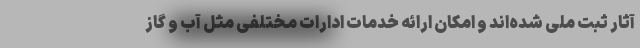
آثار ثبت ملی شده‌اند و امکان ارائه خدمات ادارات مختلفی مثل آب و گاز